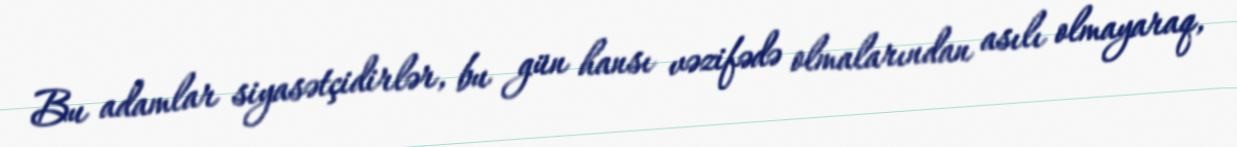
Bu adamlar siyasətçidirlər, bu gün hansı vəzifədə olmalarından asılı olmayaraq,